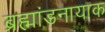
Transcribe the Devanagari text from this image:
ब्रह्मांडनायाक